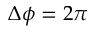
\Delta \phi = 2 \pi